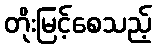
တိုးမြင့်စေသည့်